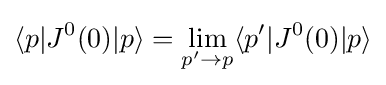
\langle p|J^{0}(0)|p\rangle =\lim _{p'\rightarrow p}\langle p'|J^{0}(0)|p\rangle